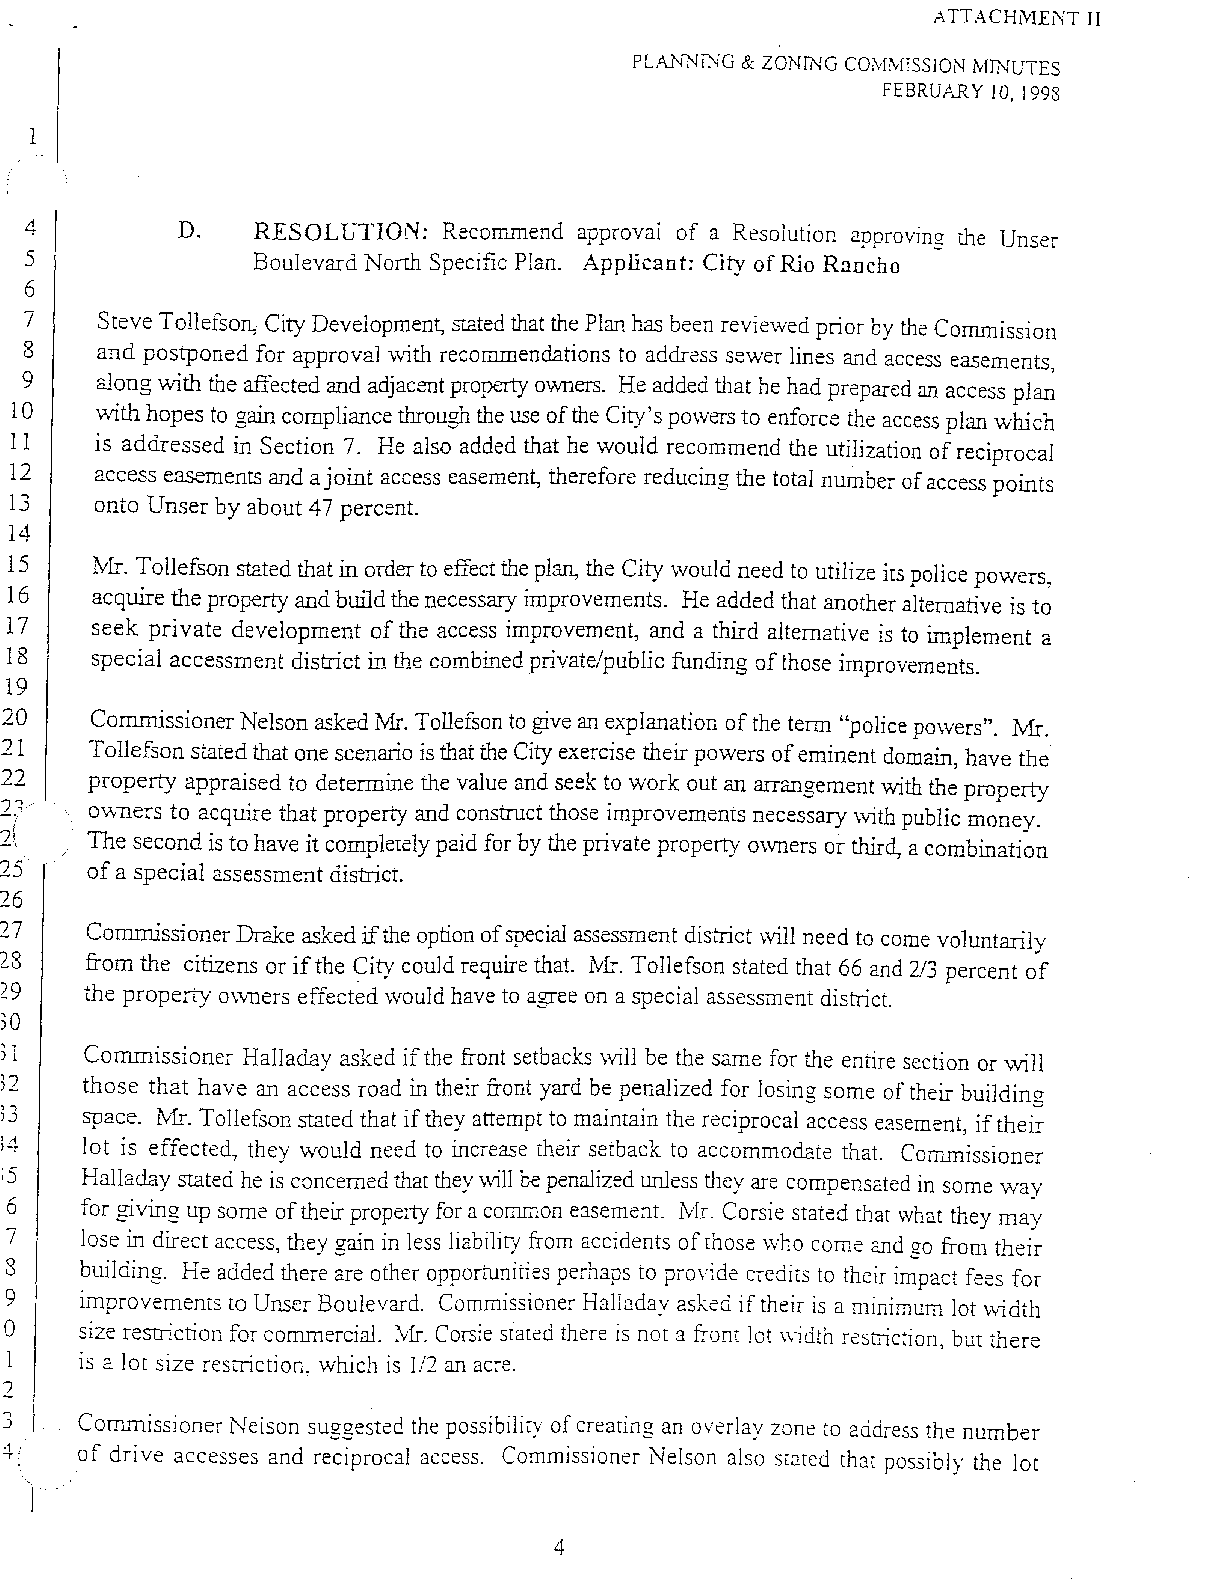
ATTACHMENT II
 PLA1"\fNfNG & ZONfNG CO~L\fISSION M~ruTES
 FEBRUARY 10, 1998
 4         D.   RESOLUTION:  Recommend approval of a Resolution approving the Unser
 5              Boulevard North Specific Plan. Applicant: City of Rio Rancho
 6
 7    Steve Tollefso~ City Development, stated that the Plan has been reviewed prior by the Commission
 8    and postponed for approval with recommendations to address sewer lines and access easements,
 9    along 'With the affected and adjacent property owners. He added that he had prepared an access plan
 10    'With hopes to gain compliance through the use ofthe City's po\vers to enforce the access plan which
 11    is addressed in Section 7. He also added that he would recommend the utilization of reciprocal
 12    access easements and a joint access easement, therefore reducing the total number of access points
 13    onto Unser by about 47 percent.
 14
 15   lvIT. Tollefson stated that in order to effect the plan, the City \vould need to utilize its police powers,
 16   acquire the property and build the necessary improvements. He added that another alternative is to
 17   seek private development of the access improvement, and a third alternative is to implement a
 18   special accessment district LTJ. the combLTJ.ed private/public funding of those improvements.
 19
 20    Commissioner Nelson asked Mr. Tollefson to give an explanation of the term "police powers". Mr.
 21    Tollefson stated that one scenario is that the City exercise their powers of eminent domain, have the
 22    property appraised to detennine the value and seek to work out an arrangement with the property
 2;
 oVYners to acquire that property and construct those improvements necessary with public money.
 !
 2!,   The second is to have it completely paid for by the private property owners or third, a combination
 25    of a special assessment district.
 26
 27    Commissioner Drake asked ifthe option ofspecial assessment district \vill need to come voluntarily
 28    from the citizens or ifthe City could require that. !vir. Tollefson stated that 66 and 2/3 percent of
 29    the property O\\lTlers effect~d would have to agree on a special assessment district.
 30
 n
 Commissioner Halladay asked ifthe front setbacks \vill be the same for the entire section or will
 ' )7 ­ those that have an access road in their front yard be penalized for losing some of their building
 ,..,
 u     space. NIT. Tollefson stated that if they attempt to maintain the reciprocal access easement, if their
 lot is effected they would need to increase their setback to accommodate that. Commissioner
 '  -
 :5
 Halladay stated he is concerned that they will be penalized tmless they are compensated in some way
 for giving up some of their property for a common easement. IvIr. Corsie stated that what they may
 lose in direct access, they gain in less liability from accidents of those \vho come and go from their
 building. He added there are other opportunities perhaps to provide credits to their impact fees for
 improvements to Unser Boulevard. Commissioner Halladay asked if theif is a minimum lot \vidth
 size restriction for commercial. ?vIr. Corsie stated there is not a front lot \\idth restriction, but there
 is a lot size resrriction~ \vhich is 1/2 an acre.
 2
 3   Commissioner Nelson suggested the possibility· of creating an overlay zone to 2ddress the number
 ~   of drive accesses and reciprocal access. Commissioner Nelson also stated that possibly the lot
 4